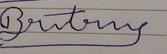
Signature authenticity: forged